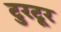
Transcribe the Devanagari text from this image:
टुरटूर